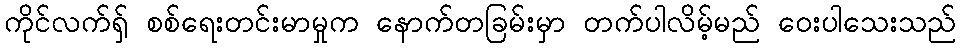
ကိုင်လက်ရှ် စစ်ရေးတင်းမာမှုက နောက်တခြမ်းမှာ တက်ပါလိမ့်မည် ဝေးပါသေးသည်